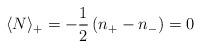
LaTeX: \begin{align*}\langle N \rangle_{+} =-\frac{1}{2}\left(n_+-n_-\right)= 0\end{align*}